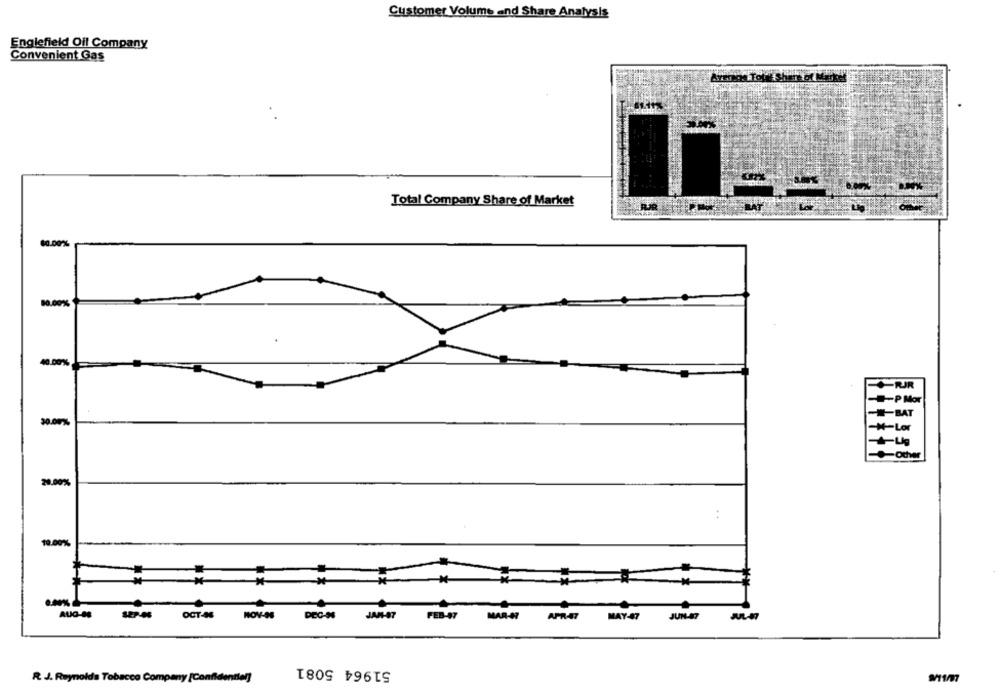
Customer Volume and Share Analysis
Englefield Oil Company
Convenient Gas
Total Company Share of Market
$0.00%
80.00%
40.00%
+RJR
-P Mor
-BAT
30.00%
-N-Lor
Other
20.00%
:
10.00%
AUG-N
S2P-H
OCT-46
NOV-OS
JAN-47
FEB-47
MAR-A7
APRAT
MAY-47
JUN-87
JUL-47
51964 5081
R. J. Reynolds Tobacco Company [Confidentiel]